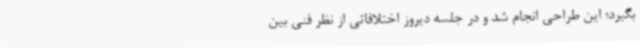
بگیرد؛ این طراحی انجام شد و در جلسه دیروز اختلافاتی از نظر فنی بین